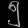
Digit: ၅